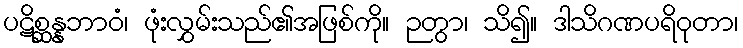
ပဋိစ္ဆန္နဘာဝံ၊ ဖုံးလွှမ်းသည်၏အဖြစ်ကို။ ဉတွာ၊ သိ၍။ ဒါသိဂဏပရိဝုတာ၊